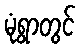
မုံရွာတွင်